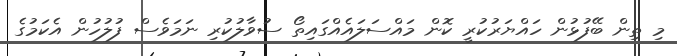
މި ތިން ބޭފުޅުން ހައްޔަރުކުރީ ކޮން މައްސަލައެއްގައިތޯ ސުވާލުކުރި ނަމަވެސް ފުލުހުން އެކަމުގެ